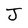
Character: J